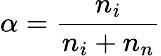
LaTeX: \alpha={\frac{n_{i}}{n_{i}+n_{n}}}